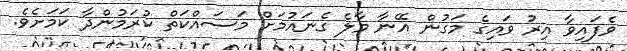
ވެފައިވާ އިރު ވައިގެ މަގުން އޭނާ މާލެ ގެނައުމަށް މަސައްކަތް ކުރަމުންދާ ކަމަށެވެ.